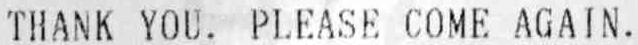
THANK YOU. PLEASE COME AGAIN.